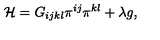
{ \cal H } = G _ { i j k l } \pi ^ { i j } \pi ^ { k l } + \lambda g ,